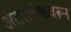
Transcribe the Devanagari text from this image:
अंतसंबंधावरून